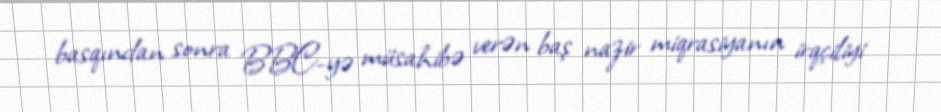
basqından sonra BBC-yə müsahibə verən baş nazir miqrasiyanın irqçiliyi